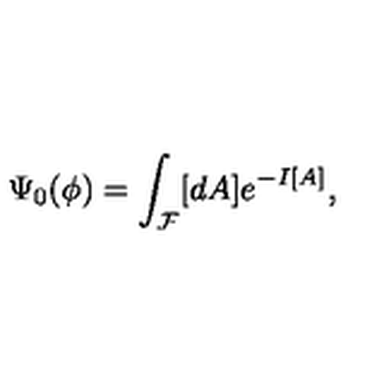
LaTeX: \Psi _ { 0 } ( \phi ) = \int _ { \cal F } [ d A ] e ^ { - I [ A ] } ,